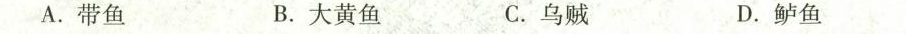
A.带鱼 B.大黄鱼 C.乌贼 D.鲈鱼